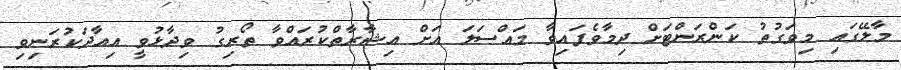
މާލޭގައި މިވަގުތު ކަންރަންޓަށް ދިމާވެފައިވާ މައްސަލަ އަށް އިޝާރާތްކުރައްވާ ތޯރިގު ވިދާޅުވީ އިއާދަކުރަނިވި